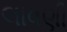
લાવણી